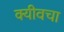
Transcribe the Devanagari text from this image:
क्यीवचा